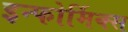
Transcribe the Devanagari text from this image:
इन्फोर्मिक्स